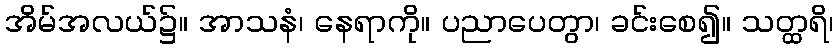
အိမ်အလယ်၌။ အာသနံ၊ နေရာကို။ ပညာပေတွာ၊ ခင်းစေ၍။ သတ္ထရိ၊